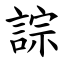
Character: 誴